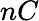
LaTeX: nC